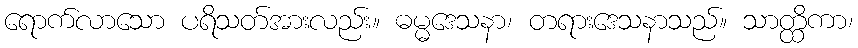
ရောက်လာသော ပရိသတ်အားလည်း။ ဓမ္မဒေသနာ၊ တရားဒေသနာသည်။ သာတ္ထိကာ၊